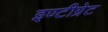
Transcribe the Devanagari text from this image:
इण्टीग्रेट